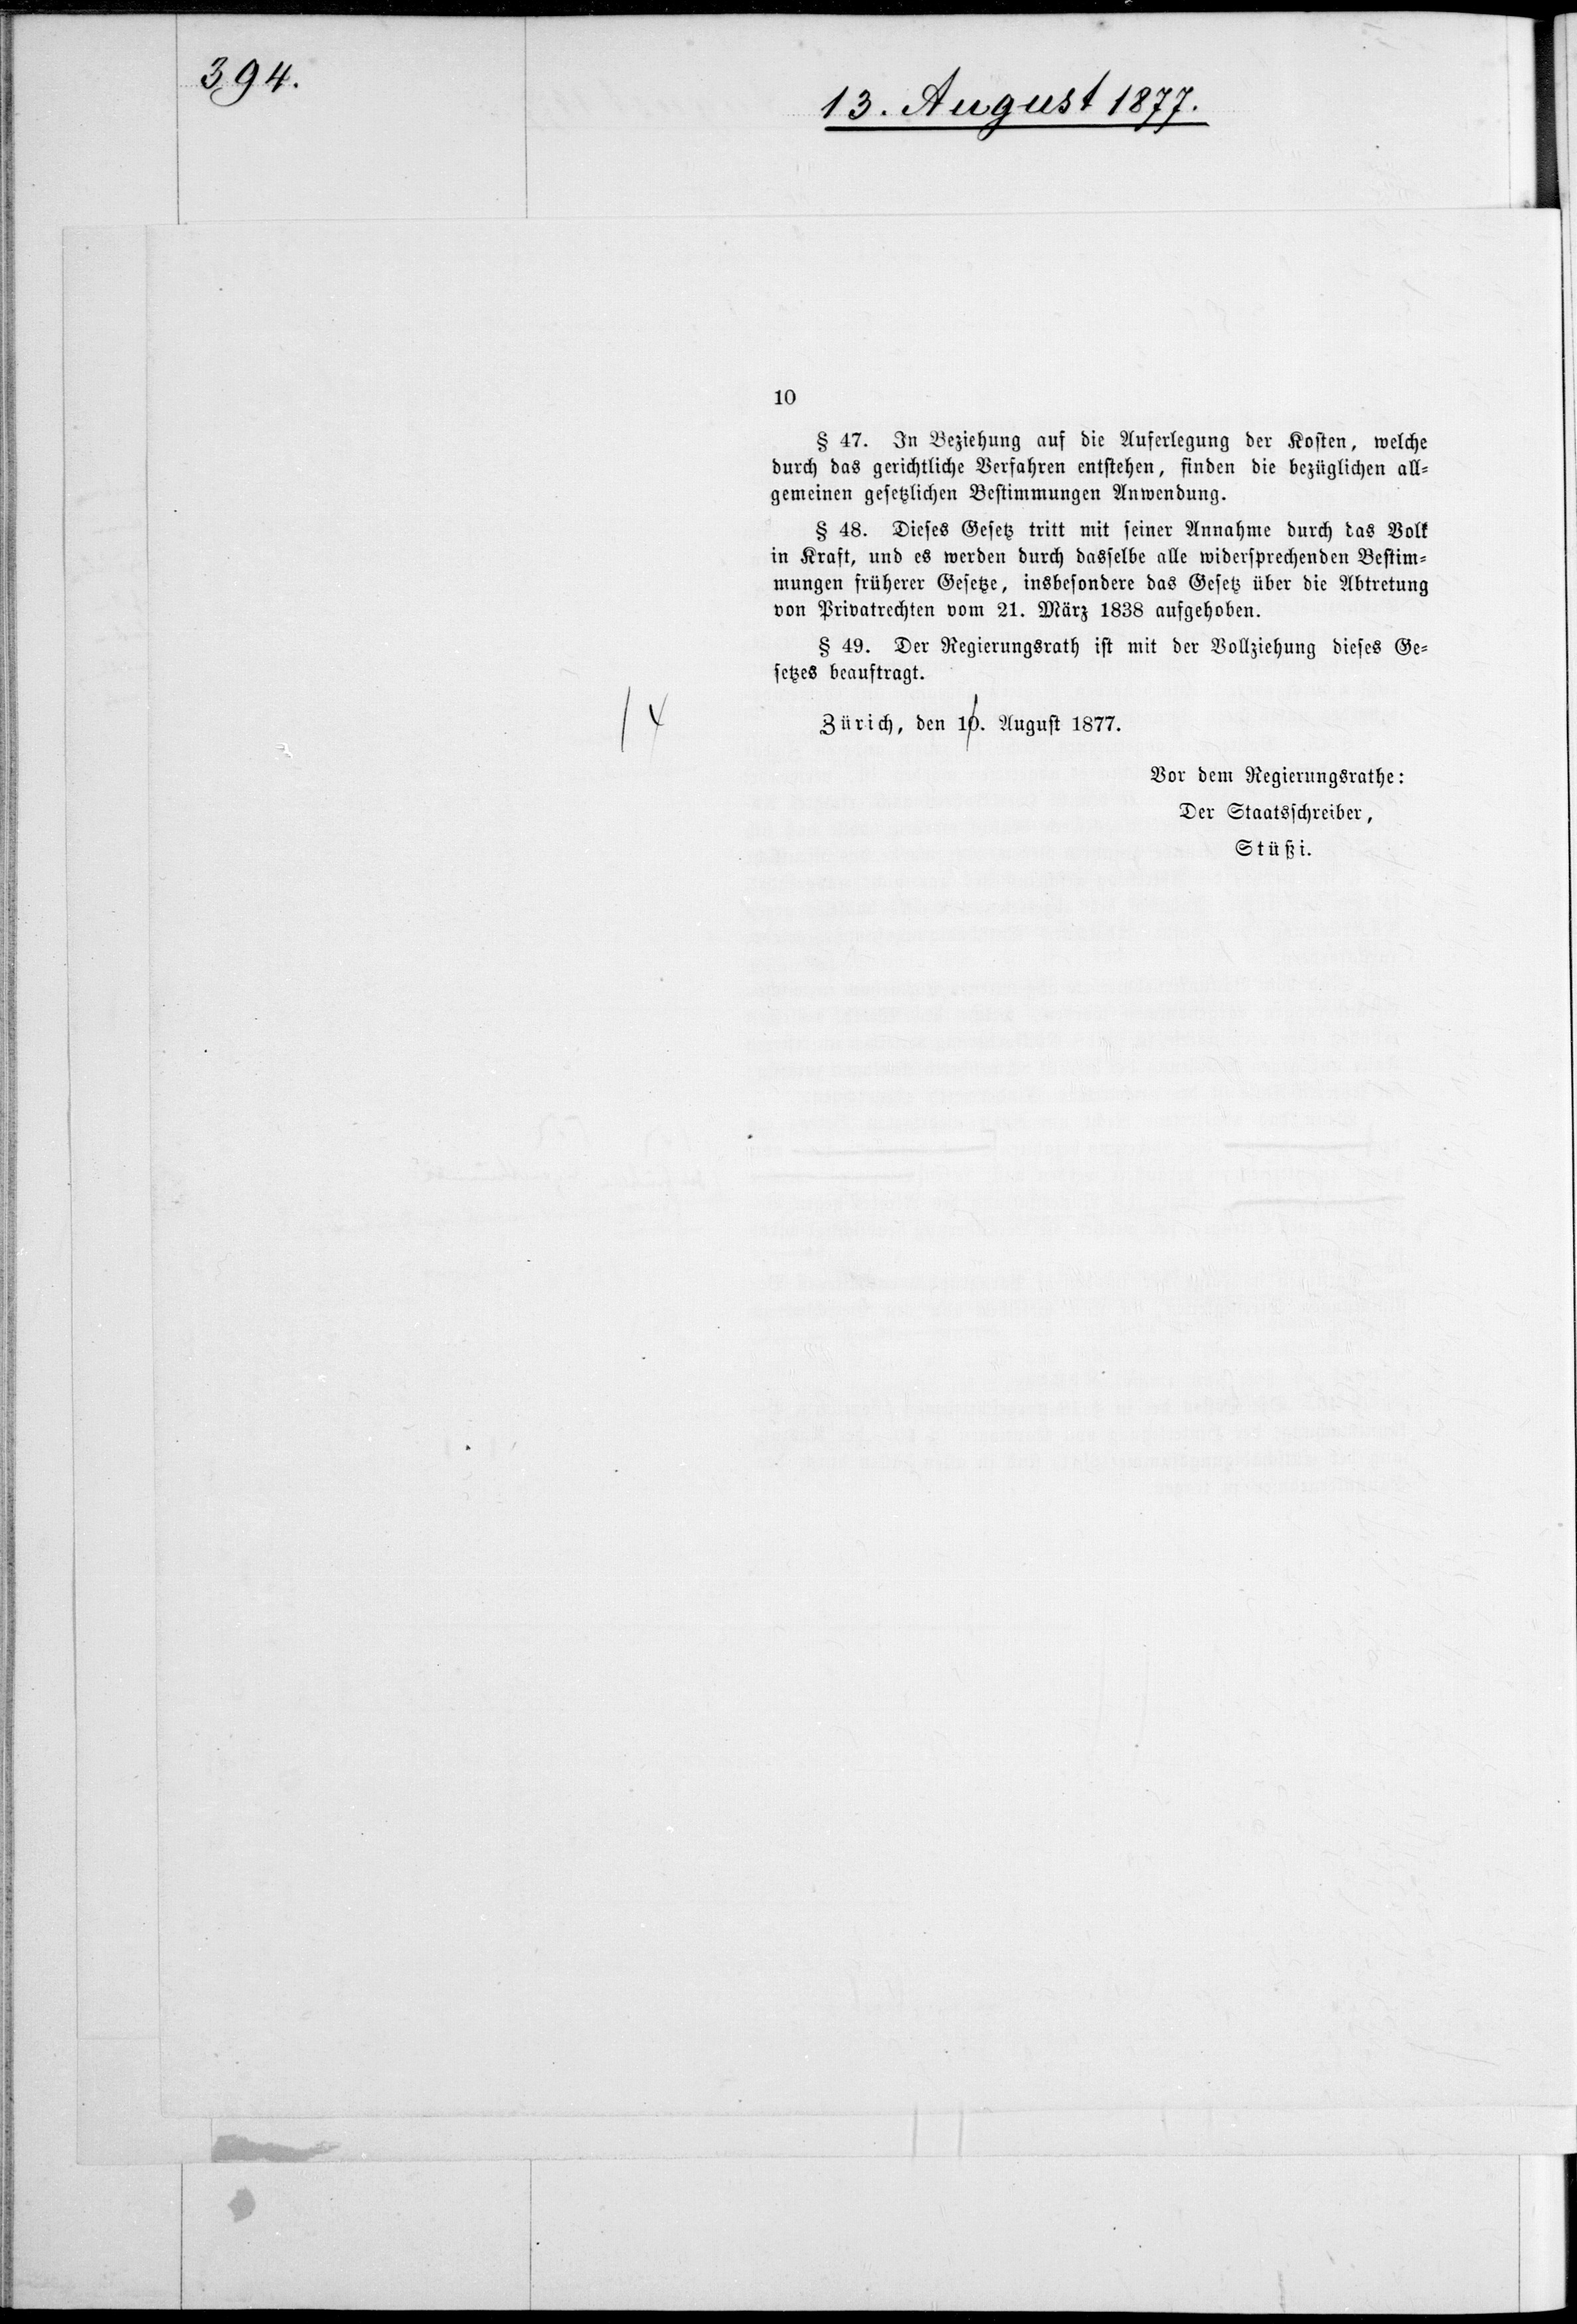
fand, da am
der subven¬